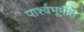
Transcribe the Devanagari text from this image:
पार्श्वभूमींत